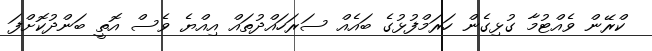
ކްރޭން ވެއްޓުމާ ގުޅިގެން ހަރަމްފުޅުގެ ބައެއް ސަރަހައްދުތައް އިއްޔެ ވެސް އޮތީ ބަންދުކޮށްފަ